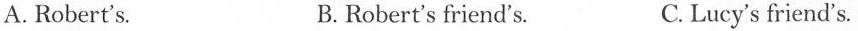
A.Robert's. B.Robert's friend's. C.Lucy's friend's.